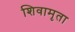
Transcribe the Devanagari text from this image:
शिवामृता